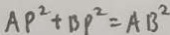
A P ^ { 2 } + B P ^ { 2 } = A B ^ { 2 }